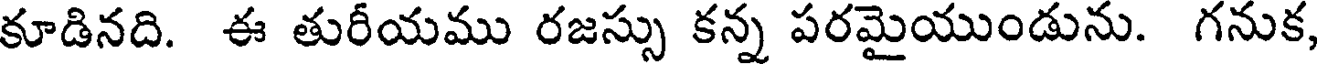
కూడినది. ఈ తురీయము రజస్సు కన్న పరమైయుండును. గనుక,